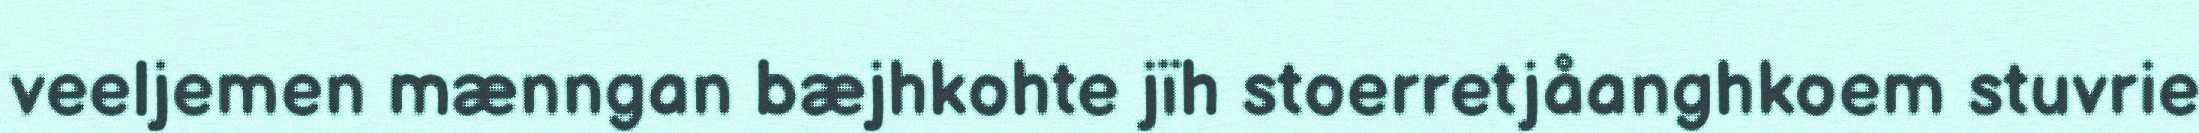
veeljemen mænngan bæjhkohte jïh stoerretjåanghkoem stuvrie